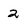
Character: 2